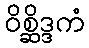
ဝိစ္ဆိဒ္ဒကံ